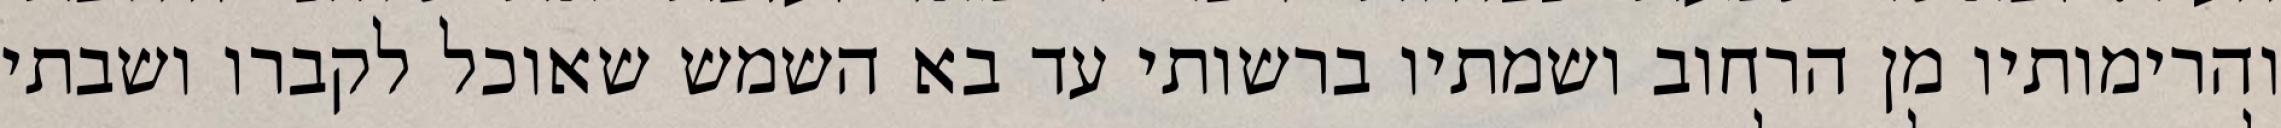
והרימותיו מן הרחוב ושמתיו ברשותי עד בא השמש שאוכל לקברו ושבתי